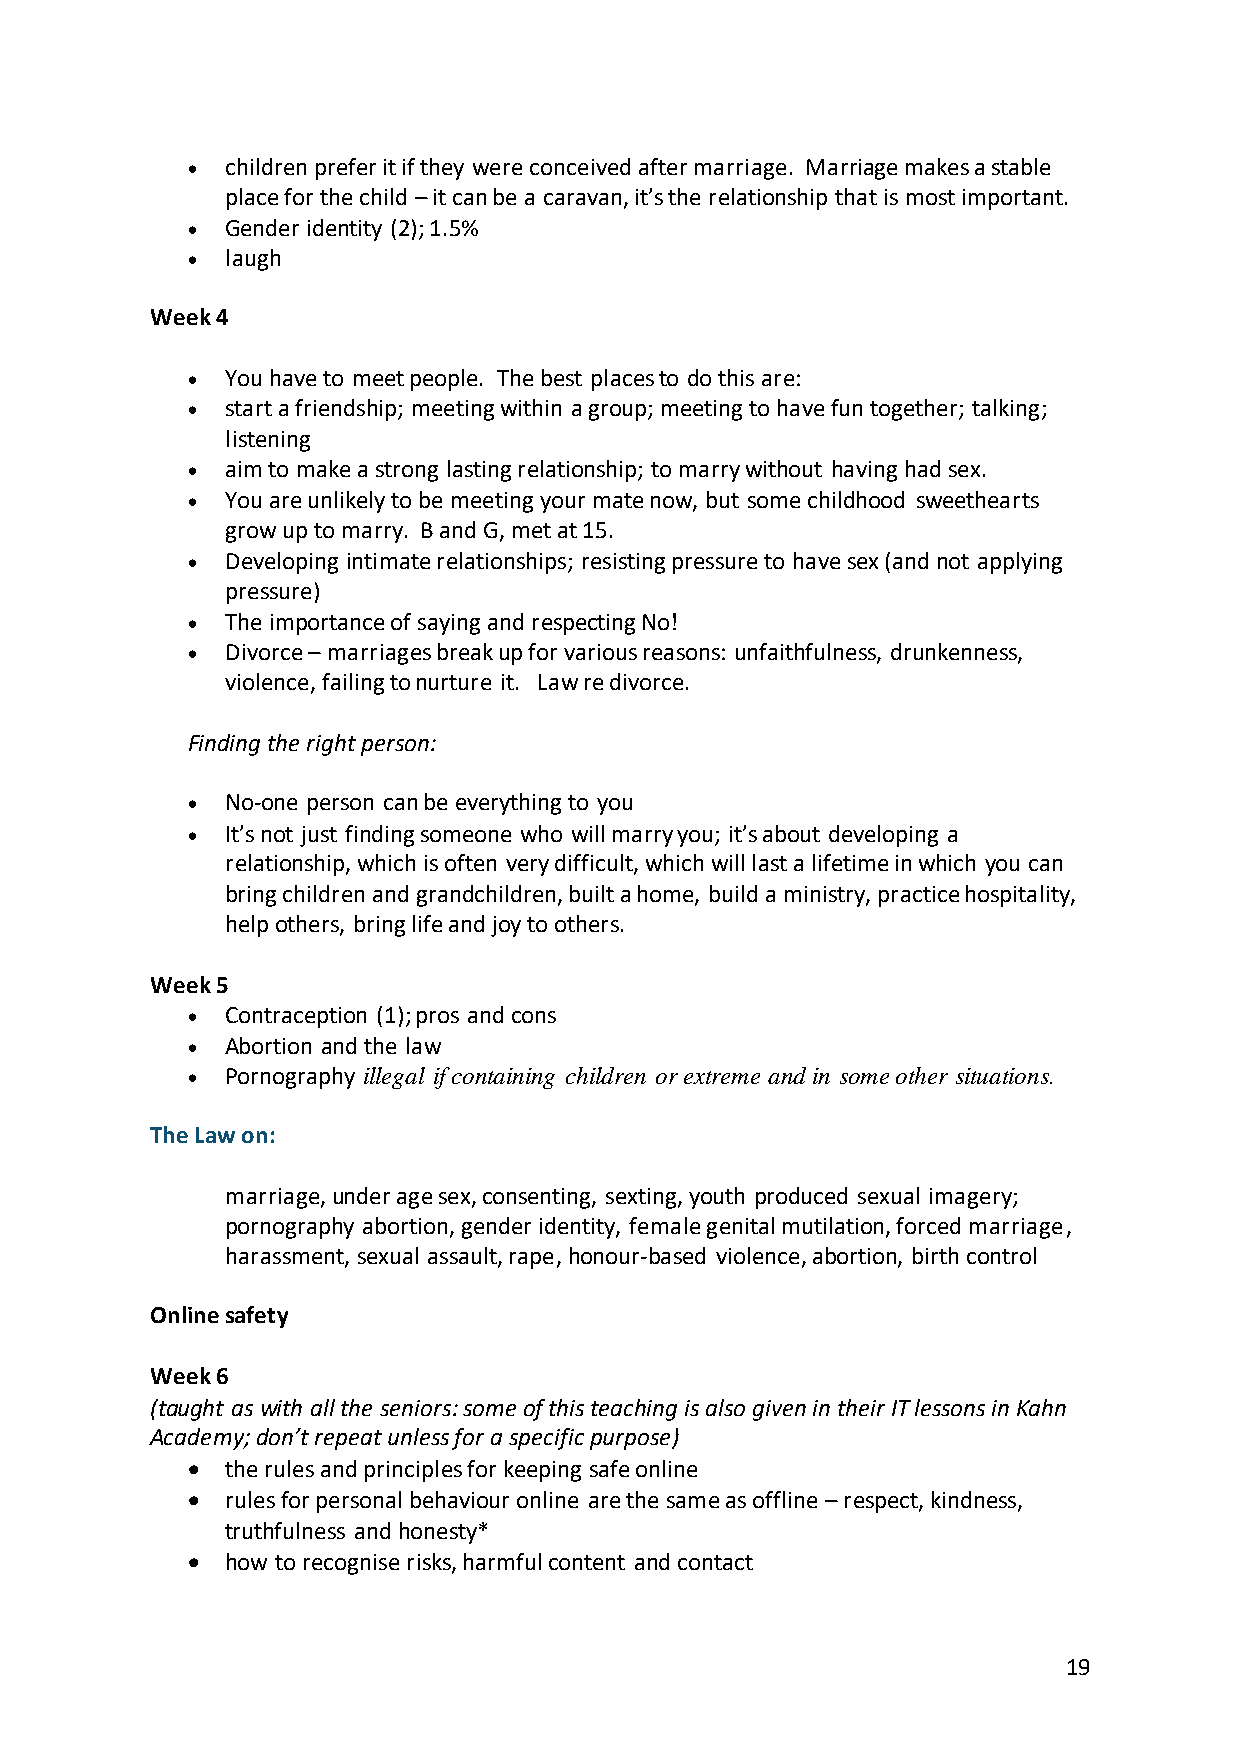
•  children prefer it if they were conceived after marriage. Marriage makes a stable
 place for the child – it can be a caravan, it’s the relationship that is most important.
 •  Gender identity (2); 1.5%
 •  laugh
 Week 4
 •  You have to meet people. The best places to do this are:
 •  start a friendship; meeting within a group; meeting to have fun together; talking;
 listening
 •  aim to make a strong lasting relationship; to marry without having had sex.
 •  You are unlikely to be meeting your mate now, but some childhood sweethearts
 grow up to marry. B and G, met at 15.
 •  Developing intimate relationships; resisting pressure to have sex (and not applying
 pressure)
 •  The importance of saying and respecting No!
 •  Divorce – marriages break up for various reasons: unfaithfulness, drunkenness,
 violence, failing to nurture it. Law re divorce.
 Finding the right person:
 •  No-one person can be everything to you
 •  It’s not just finding someone who will marry you; it’s about developing a
 relationship, which is often very difficult, which will last a lifetime in which you can
 bring children and grandchildren, built a home, build a ministry, practice hospitality,
 help others, bring life and joy to others.
 Week 5
 •  Contraception (1); pros and cons
 •  Abortion and the law
 •  Pornography illegal if containing children or extreme and in some other situations.
 The Law on:
 marriage, under age sex, consenting, sexting, youth produced sexual imagery;
 pornography abortion, gender identity, female genital mutilation, forced marriage,
 harassment, sexual assault, rape, honour-based violence, abortion, birth control
 Online safety
 Week 6
 (taught as with all the seniors: some of this teaching is also given in their IT lessons in Kahn
 Academy; don’t repeat unless for a specific purpose)
 •  the rules and principles for keeping safe online
 •  rules for personal behaviour online are the same as offline – respect, kindness,
 truthfulness and honesty*
 •  how to recognise risks, harmful content and contact
 19